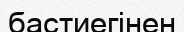
бастиегінен